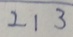
2 1 3